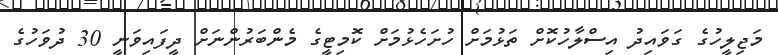
މަޖިލީހުގެ ގަވައިދު އިސްލާހުކޮށް ތަޅުމަށް ހުށަހެޅުމަށް ކޮމިޓީގެ މެންބަރުންނަށް ދީފައިވަނީ 30 ދުވަހުގެ